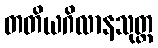
တတိယဂိလာနသုတ္တ